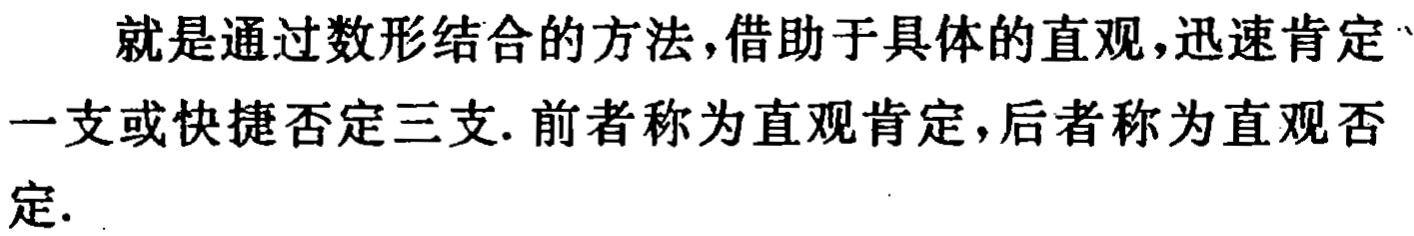
就是通过数形结合的方法,借助于具体的直观,迅速肯定一支或快捷否定三支. 前者称为直观肯定, 后者称为直观否定.